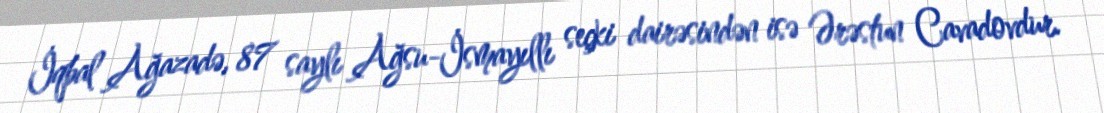
İqbal Ağazadə, 87 saylı Ağsu-İsmayıllı seçki dairəsindən isə Ərəstun Cavadovdur.